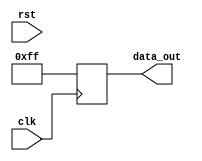
module behavioral_block(
  input wire clk,
  input wire rst,
  output reg [7:0] data_out
);

reg [7:0] data;

initial begin
  // Initialize data variable
  data = 8'hFF;
end

initial begin
  // Perform operations at the beginning of simulation
  if (rst) begin
    data = 8'h00;
  end
end

always @(posedge clk) begin
  // Logic for data_out assignment
  data_out <= data;
end

endmodule